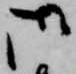
御